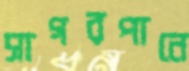
সাগরপানে